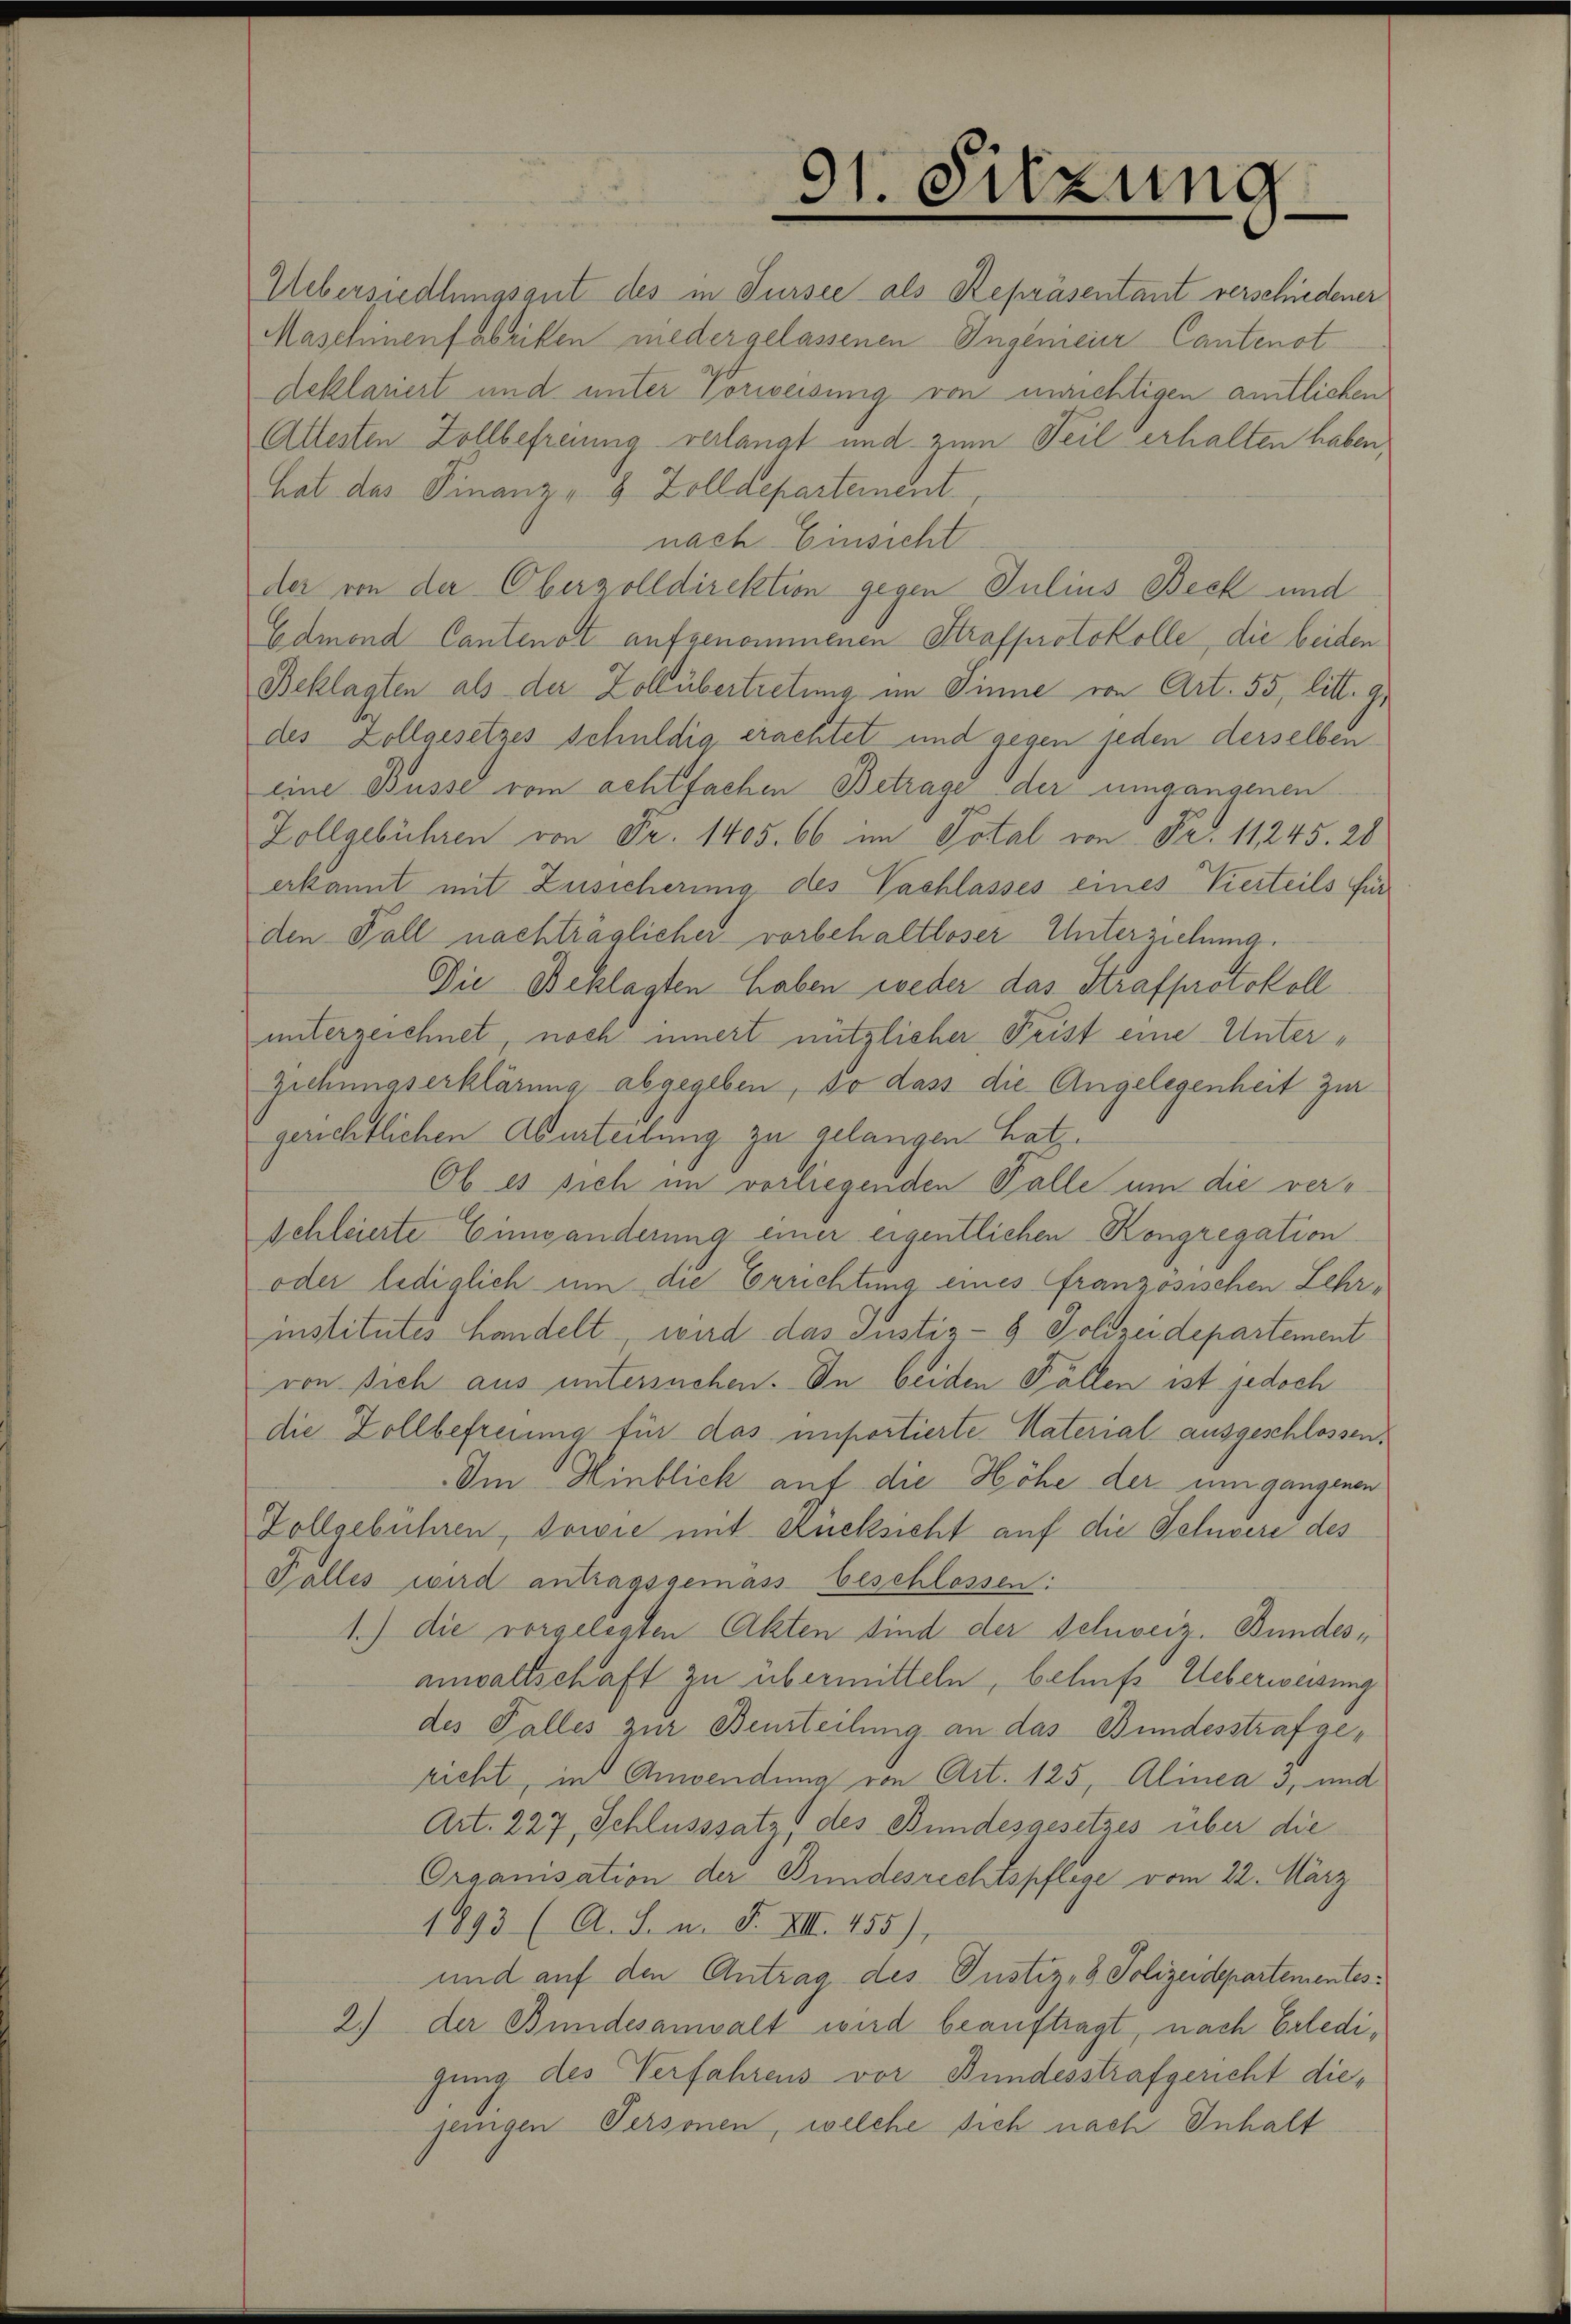
91. Sitzung

Uebersiedlungsgut des in Tursee als Repräsentant verschiedener
Maschinenfabriken niedergelassenen Ingenieur Cantenot
deklariert und unter Vorweisung von unrichtigen amtlichen
Allesten Zollbefreiung verlangt und zum Teil erhalten haben,
hat das Finanz- 8 Zolldepartement.
nach Einsicht
der von der Oberzolldirektion gegen Julius Beck und
Edmond Cantenot aufgenommenen Strafprotokolle, die beiden
Beklagten als der Zollübertretung im Sinne von Art. 55, litt. 9,
des Zollgesetzes schuldig erachtet und gegen jeden derselben
eine Busse vom achtfachen Betrage der umgangenen
Zollgebühren von Fr. 1405. 66 im Total von Fr. 11245. 28
erkannt mit Zusicherung des Vashlasses eines Vierteils für
den Fall nachträglicher vorbehaltloser Unterziehung.
Die Beklagten haben weder das Strafprotokoll
unterzeichnet, noch innert nützlicher Frist eine Unter¬
Ziehungserklärung abgegeben, so dass die Angelegenheit zur
gerichtlichen Aburteilung zu gelangen hat.
Ob es sich im vorliegenden Falle um die verschleierte Einwanderung einer eigentlichen Kongregation
oder lediglich um die Errichtung eines französischen Lehr-
institutes handelt, wird das Justiz- & Polizeidepartement
von sich aus untersuchen. In beiden Fällen ist jedoch
die Zollbefreiung für das unportierte Naterial ausgeschlossen.
Im Hinblick auf die Höhe der um gangenen
Zollgebühren, sowie mit Rücksicht auf die Schwere des
Falles wird antragsgemäss beschlossen:
1.) die vorgelegten Akten sind der Schweiz. Bundesanwaltschaft zu übermitteln, behufs Ueberweisung
des Falles zur Beurteilung an das Bundesstrafgericht, in Anwendung von Art. 125, Alinea 3, und
Art. 227, Schlusssatz, des Bundesgesetzes über die
Organisation der Bundesrechtspflege vom 22. März
1893 (A. S. n. F. VIII 455),
und auf den Antrag des Justiz- & Polizeidepartementes.
2.) der Bundesanwalt wird beauftragt, nach Erledigung des Verfahrens vor Bundesstrafgericht diejenigen Personen, welche sich nach Inhalt